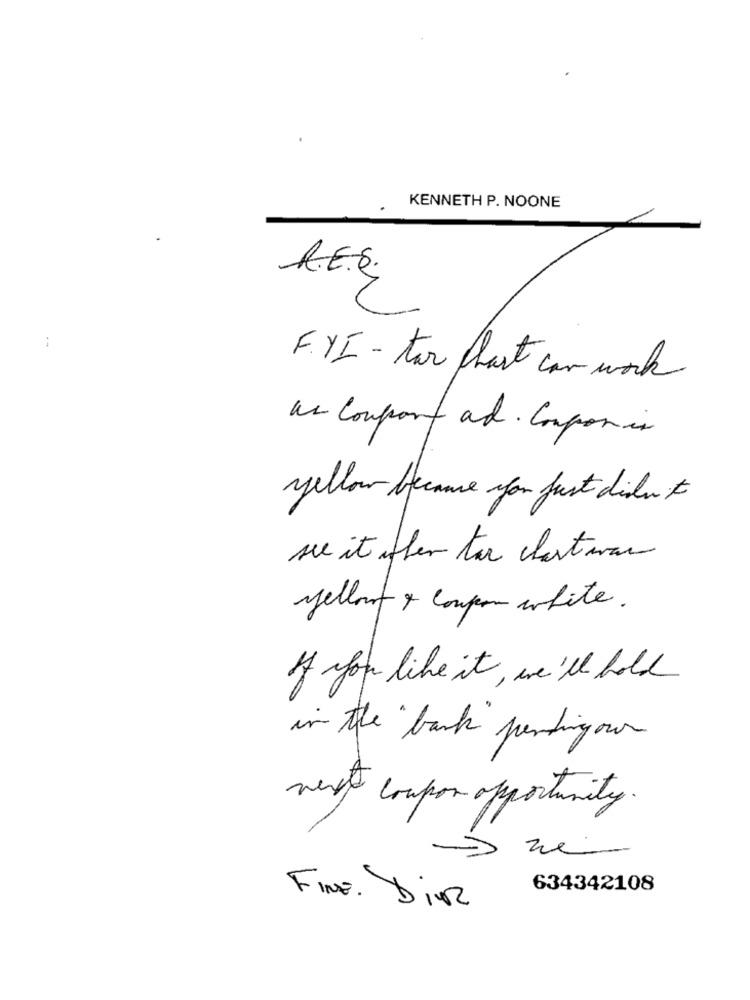
KENNETH P. NOONE
A.E.Q.
:
FYI - tar chart can work
as Comport and. Componi
yellow because you just didn't
see it when the clarturan
yellow & coupon white.
If you like it, we'll hold
in the bank pendingour
went coupon opportunity.
634342108
FINE. Din